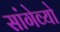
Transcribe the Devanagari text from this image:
सांगेव्यो